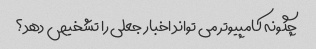
چگونه کامپیوتر می تواند اخبار جعلی را تشخیص دهد؟